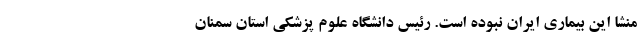
منشا این بیماری ایران نبوده است. رئیس دانشگاه علوم پزشکی استان سمنان